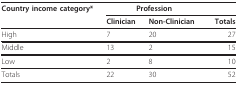
<table><thead><tr><td><b>Country income category*</b></td><td colspan="2"><b>Profession</b></td><td></td></tr><tr><td></td><td><b>Clinician</b></td><td><b>Non-Clinician</b></td><td><b>Totals</b></td></tr></thead><tbody><tr><td>High</td><td>7</td><td>20</td><td>27</td></tr><tr><td>Middle</td><td>13</td><td>2</td><td>15</td></tr><tr><td>Low</td><td>2</td><td>8</td><td>10</td></tr><tr><td>Totals</td><td>22</td><td>30</td><td>52</td></tr></tbody></table>